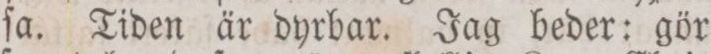
ſa. Tiden är dyrbar. Jag beder: gör